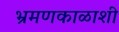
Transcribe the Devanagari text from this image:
भ्रमणकाळाशी